Lunatic asylums Madras 1877-1891 - 1877-1891
Year: 1877
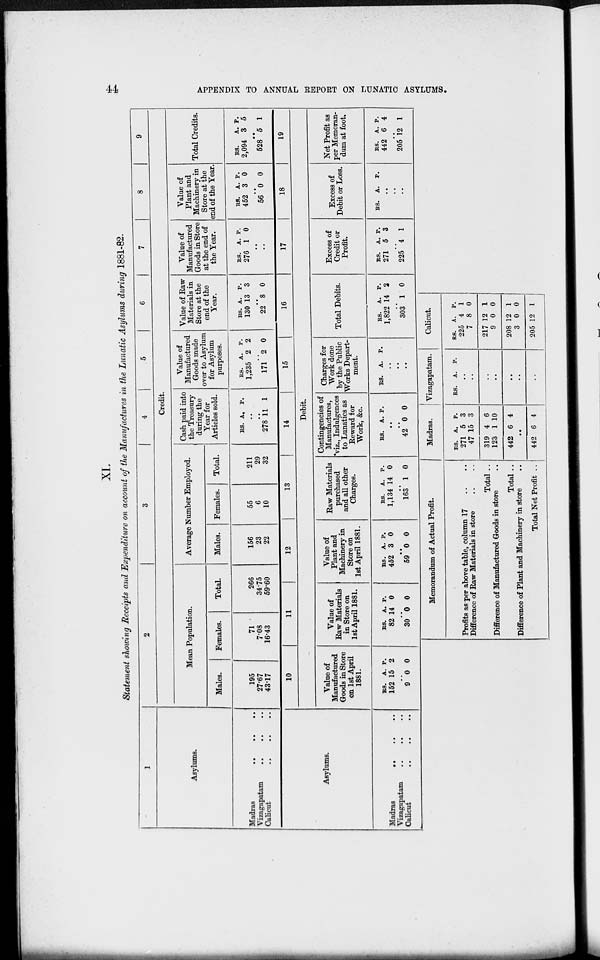
474
APPENDIX TO ANNUAL REPORT ON LUNATIC ASYLUMS.
XI.
Statement showing Receipts and Expenditure on account of the Manufactures in the Lunatic Asylums during 1881-82.
1
Asylums.
Madras .. .. ..
Vizagapatam .. .. ..
Calicut
..
..
2
3
4
5
6
7
8
9
Credit.
Mean Population.
Males.
195
27.67
43.17
Females.
71
7.08
16.43
Total.
266
34.75
59.60
Average Number Employed.
Males.
156
23
22
Females.
55
6
10
Total.
211
29
32
Cash paid into
the Treasury
during the
Year for
Articles sold.
RS. A. P.
..
..
278 11 1
Value of
Manufactured
Goods made
over to Asylum
for Asylum
purposes.
RS.
1,235
A.
2
P.
2
..
171 2 0
Value of Raw
Materials in
Store at the
end of the
Year.
RS.
130
A.
13
P.
3
..
22 8 0
Value of
Manufactured
Goods in Store
at the end of
the Year.
RS.
276
A.
1
P.
0
..
..
Value of
Plant and
Machinery in
Store at the
end of the Year.
RS.
452
A.
3
P.
0
..
56 0 0
Total Credits.
RS.
2,094
A.
3
P.
5
..
528 5 1
Memorandum of Actual Profit.
Profits as per above table, column 17 .. ..
Difference of Raw Materials in store .. ..
Total ..
Difference of Manufactured Goods in store ..
Total ..
Difference of Plant and Machinery in store ..
Total Net Profit ..
Madras.
RS.
271
47
319
123
442
A.
5
15
4
1
6
P.
3
3
6
10
4
..
442 6 4
Vizagapatam.
RS. A. P.
..
..
..
..
..
..
..
Calicut.
RS.
225
7
217
9
208
3
205
A.
4
8
12
0
12
0
12
P.
1
0
1
0
1
0
1
Asylums.
Madras
..
..
..
Vizagapatam
..
..
..
Calicut .. .. ..
10
11
12
13
14
15
16
17
18
19
Debit.
Value of
Manufactured
Goods in Store
on 1st April
1881.
RS.
152
A.
15
P.
2
..
9 0 0
Value of
Raw Materials
in Store on
1st April 1881.
RS.
82
A.
14
P.
0
..
30 0 0
Value of
Plant and
Machinery in
Store on
1st April 1881.
RS.
452
A.
3
P.
0
..
59 0 0
Raw Materials
purchased
and all other
Charges.
RS.
1,134
A.
14
P.
0
..
163 1 0
Contingencies of
Manufactures,
viz.. Indulgences
to Lunatics as
Reward for
Work, &c.
RS. A. P.
..
..
42 0 0
Charges for
Work done
by the Public
Works Depart-
ment.
RS. A. P.
..
..
..
Total Debits.
RS.
1,822
A.
14
P.
2
..
303 1 0
Excess of
Credit or
Profit.
RS.
271
A.
5
P.
3
..
225 4 1
Excess of
Debit or Loss.
RS. A. P.
..
..
..
Net Profit as
per Memoran-
dum at foot.
RS.
442
A.
6
P.
4
..
205 12 1